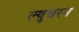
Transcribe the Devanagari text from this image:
ल्युथरन